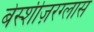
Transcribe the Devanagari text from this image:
बेस्शीज़रग्लास